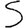
Digit: 5